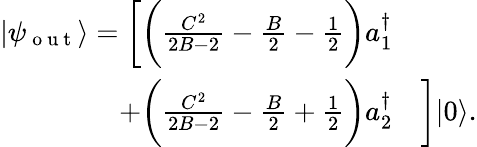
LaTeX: \begin{array}{rl}{|\psi_{\mathrm{~o~u~t~}}\rangle=\bigg[\bigg(\frac{C^{2}}{2B-2}-\frac{B}{2}-\frac 12\bigg)a_{1}^{\dagger}}&{{}}\\ {+\bigg(\frac{C^{2}}{2B-2}-\frac{B}{2}+\frac 12\bigg)a_{2}^{\dagger}}&{{}\bigg]|0\rangle.}\end{array}